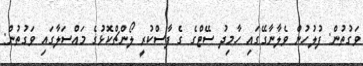
ވަގުތުން: ފުލުހުން ވެލާނާގޭގައި ހާމިދު ސޭޓްގެ ގެ ފާސްކުރީ ލޯންޗްކޮޅުގެ މައްސަލާގައި ވަގުތުން: